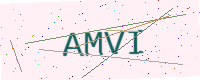
Text: AMVI